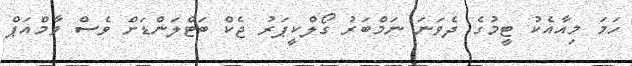
ހަމަ މިއާއެކު ޓީމުގެ ދެވަނަ ނަމްބަރު ގޯލްކީޕަރު ޖެކް ބަޓްލަންޑަށް ވެސް ވާމްއަޕް